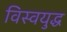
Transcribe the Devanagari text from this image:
विस्वयुद्ध